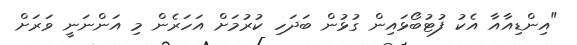
"އިންޑިއާއާ އެކު ފުޓުބޯޅައިން ގުޅުން ބަދަހި ކުރުމަށް އަހަރެން މި އަންނަނީ ވަރަށް